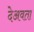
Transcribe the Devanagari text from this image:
देअवता